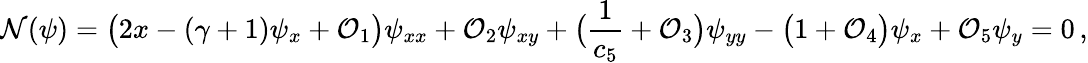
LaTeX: \mathcal{N}(\psi)=\big(2x-(\gamma+1)\psi_{x}+\mathcal{O}_{1}\big)\psi_{xx}+\mathcal{O}_{2}\psi_{xy}+\big(\frac{1}{c_{5}}+\mathcal{O}_{3}\big)\psi_{yy}-\big(1+\mathcal{O}_{4}\big)\psi_{x}+\mathcal{O}_{5}\psi_{y}=0\, ,